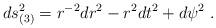
LaTeX: \begin{align*}ds_{(3)}^2 = r^{-2}dr^2 -r^2 dt^2 + d\psi^2 ~.\end{align*}